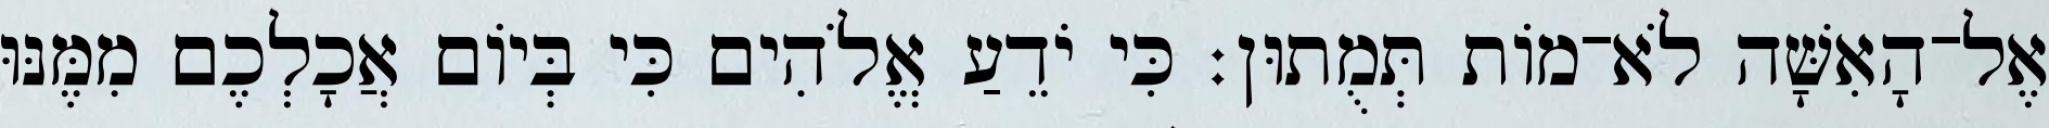
אֶל־הָאִשָּׁה לֹא־מֹות תְּמֻתוּן׃ כִּי יֹדֵעַ אֱלֹהִים כִּי בְּיֹום אֲכָלְכֶם מִמֶּנּוּ